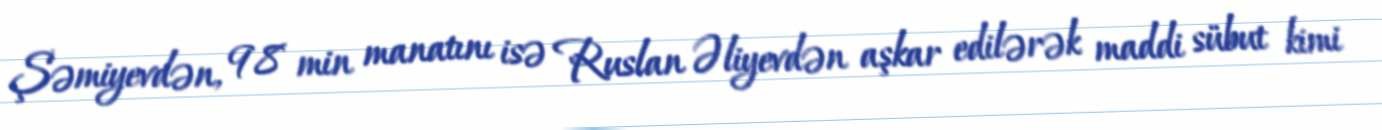
Şəmiyevdən, 98 min manatını isə Ruslan Əliyevdən aşkar edilərək maddi sübut kimi